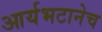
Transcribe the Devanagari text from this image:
आर्यभटानेच